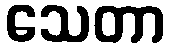
သေတာ